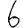
Digit: 6